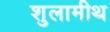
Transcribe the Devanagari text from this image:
शुलामीथ